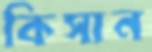
কিসান